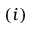
( i )